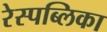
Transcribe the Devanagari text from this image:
रेस्पब्लिका